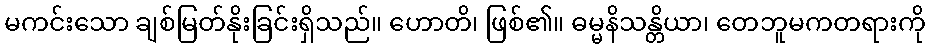
မကင်းသော ချစ်မြတ်နိုးခြင်းရှိသည်။ ဟောတိ၊ ဖြစ်၏။ ဓမ္မနိသန္တိယာ၊ တေဘူမကတရားကို